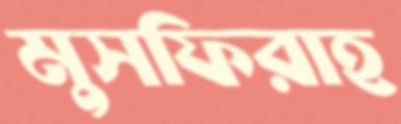
মুসফিরাহ